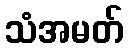
သံအမတ်